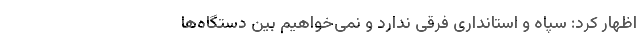
اظهار کرد: سپاه و استانداری فرقی ندارد و نمی‌خواهیم بین دستگاه‌ها